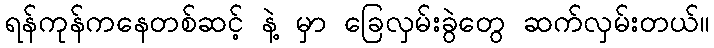
ရန်ကုန်ကနေတစ်ဆင့် နဲ့ မှာ ခြေလှမ်းခွဲတွေ ဆက်လှမ်းတယ်။